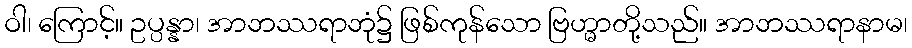
ဝါ၊ ကြောင့်။ ဥပ္ပန္နာ၊ အာဘဿရာဘုံ၌ ဖြစ်ကုန်သော ဗြဟ္မာတို့သည်။ အာဘဿရာနာမ၊